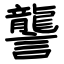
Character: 讋